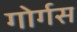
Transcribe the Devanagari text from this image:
गोर्गस